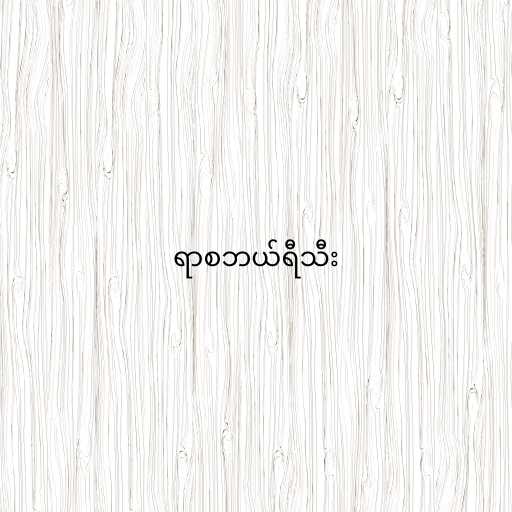
ရာစဘယ်ရီသီး